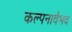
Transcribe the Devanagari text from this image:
कल्पनावैभव